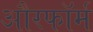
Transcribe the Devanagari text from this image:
औरफॉर्म